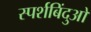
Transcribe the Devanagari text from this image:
स्पर्शबिंदुओ